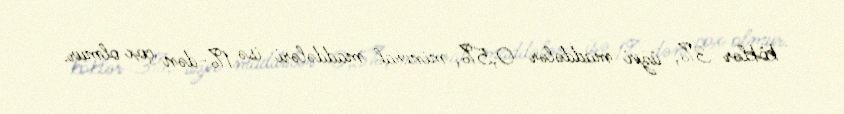
köklər 3%, üzvi maddələr 0,5%, mineral maddələri isə 1%-dən çox olmur.